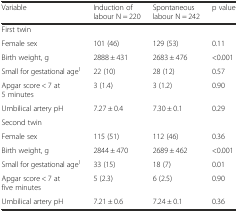
<table><thead><tr><td><b>Variable</b></td><td><b>Induction of labour N = 220</b></td><td><b>Spontaneous labour N = 242</b></td><td><b>p value</b></td></tr></thead><tbody><tr><td>First twin</td><td></td><td></td><td></td></tr><tr><td>Female sex</td><td>101 (46)</td><td>129 (53)</td><td>0.11</td></tr><tr><td>Birth weight, g</td><td>2888 ± 431</td><td>2683 ± 476</td><td>&lt;0.001</td></tr><tr><td>Small for gestational age<sup>1</sup></td><td>22 (10)</td><td>28 (12)</td><td>0.57</td></tr><tr><td>Apgar score &lt; 7 at 5 minutes</td><td>3 (1.4)</td><td>3 (1.2)</td><td>0.90</td></tr><tr><td>Umbilical artery pH</td><td>7.27 ± 0.4</td><td>7.30 ± 0.1</td><td>0.29</td></tr><tr><td>Second twin</td><td></td><td></td><td></td></tr><tr><td>Female sex</td><td>115 (51)</td><td>112 (46)</td><td>0.36</td></tr><tr><td>Birth weight, g</td><td>2844 ± 470</td><td>2689 ± 462</td><td>&lt;0.001</td></tr><tr><td>Small for gestational age<sup>1</sup></td><td>33 (15)</td><td>18 (7)</td><td>0.01</td></tr><tr><td>Apgar score &lt; 7 at five minutes</td><td>5 (2.3)</td><td>6 (2.5)</td><td>0.90</td></tr><tr><td>Umbilical artery pH</td><td>7.21 ± 0.6</td><td>7.24 ± 0.1</td><td>0.36</td></tr></tbody></table>